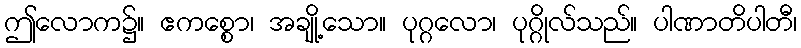
ဤလောက၌။ ဧကစ္စော၊ အချို့သော။ ပုဂ္ဂလော၊ ပုဂ္ဂိုလ်သည်။ ပါဏာတိပါတီ၊